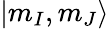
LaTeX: |m_{I},m_{J}\rangle